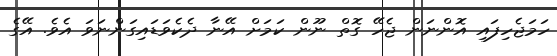
ހަމަޖެހިފައި އޮންނަން ޖެހޭ ގޮތް ނޫން ކަމަށް އޭނާ ދެކެވަޑައިގަންނަވަ އެވެ. އޭގެ